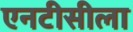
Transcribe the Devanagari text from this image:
एनटीसीला